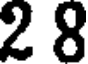
2 8